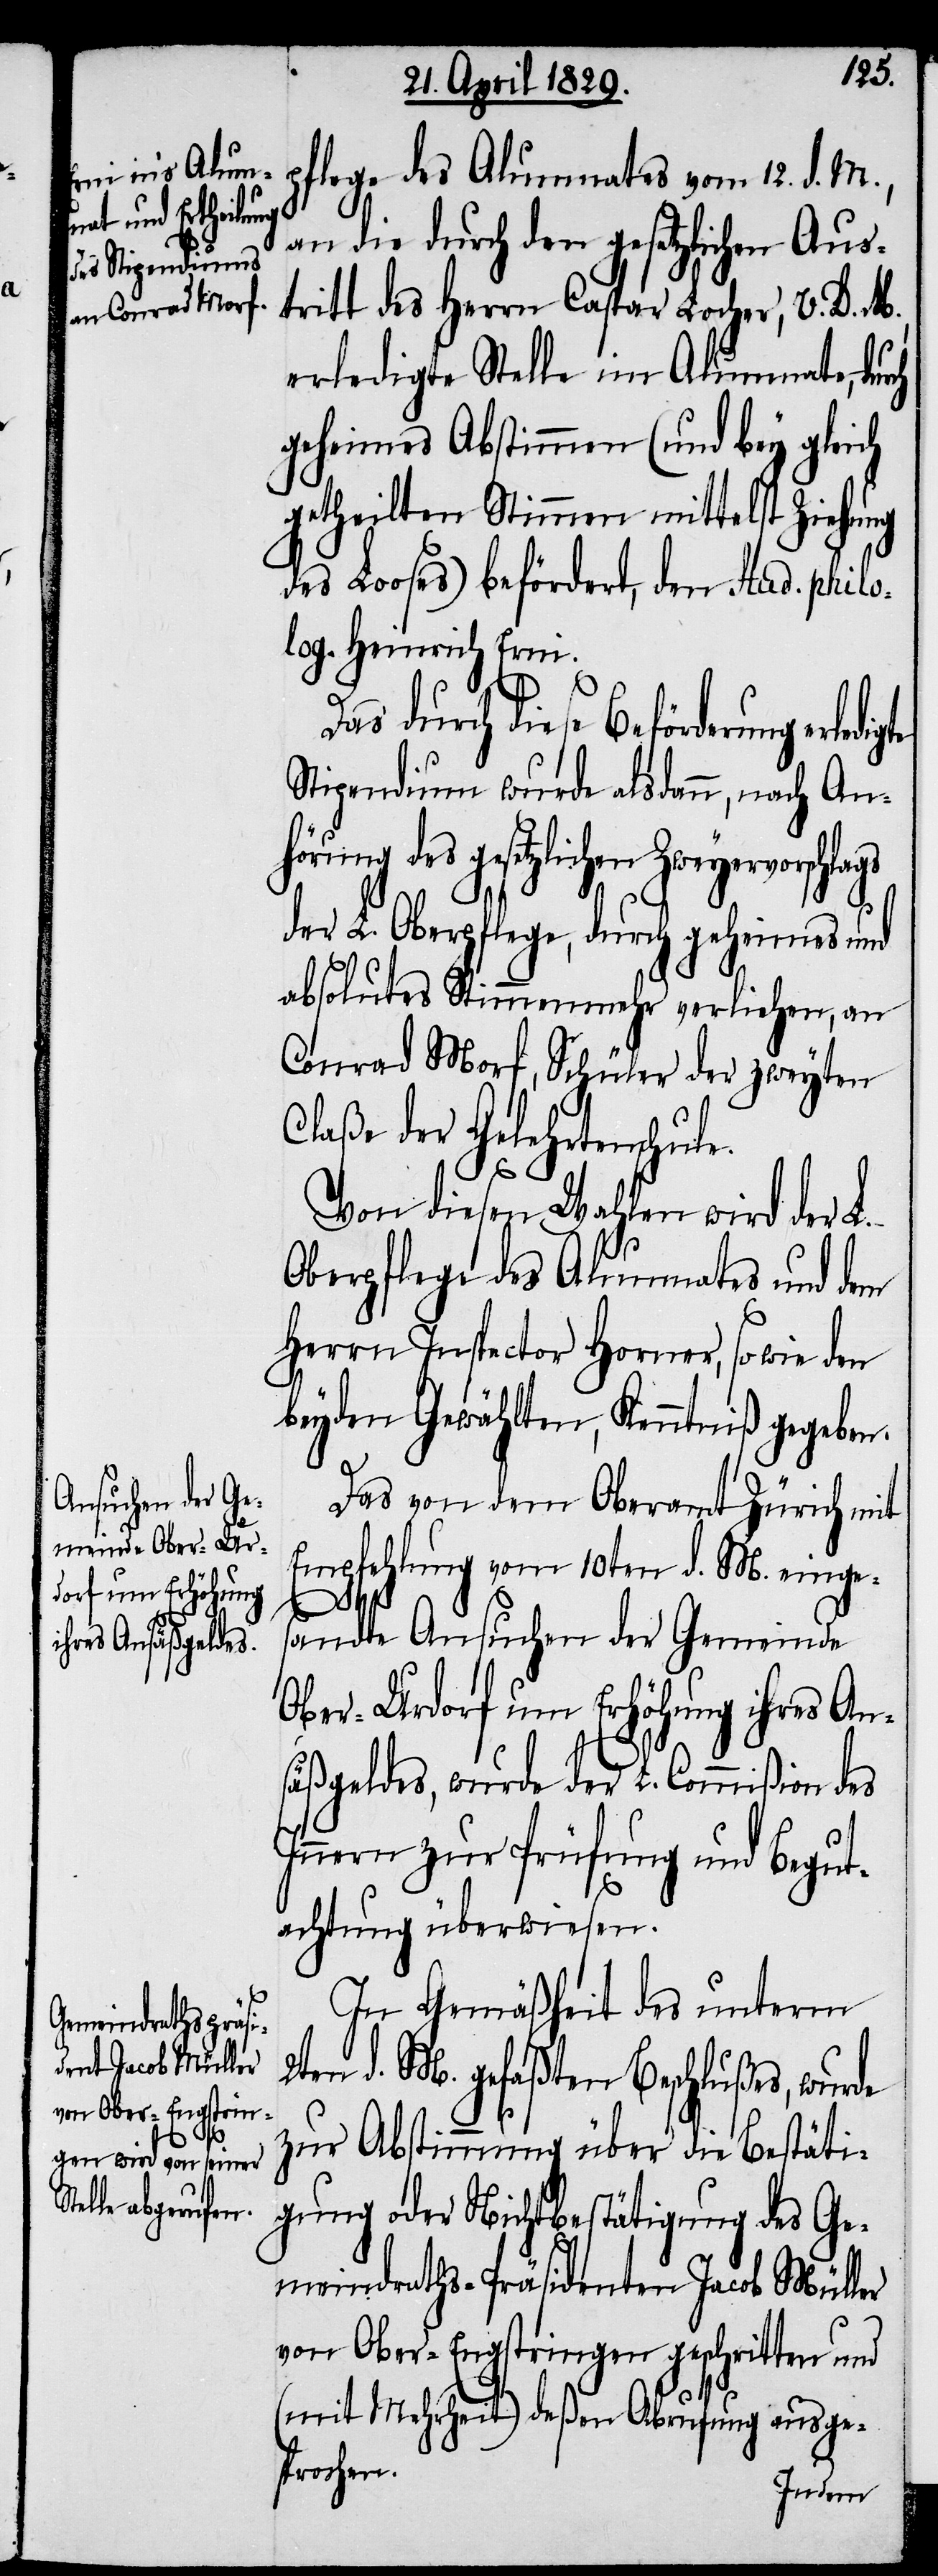
igte

pflege des Alumnates vom 12. d. M.,
an die durch den gesetzlichen Aus¬
tritt des Herrn Caspar Locher, V. D. M.,
erledigte Stelle im Alumnate,
geheimes Abstimmen (und bey gleich
getheilten Stimmen mittelst Ziehung
des Looses) befördert, den Stud. philo¬
log. Heinrich Erni.
Das durch diese Beförderung erled¬
Stipendium wurde alsdann, nach An¬
hörung des gesetzlichen Zweyervorschlags
der L. Oberpflege, durch geheimes und
absolutes Stimmenmehr verliehen, an
Conrad Morf, Schüler der zweyten
Claße der Gelehrtenschule.
Von diesen Wahlen wird der L.
Oberpflege des Alumnates und dem
Herrn Inspector Horner, so wie den
beyden Gewählten, Kenntniß gegeben.
Das von dem Oberamt Zürich mit
Empfehlung vom 10ten d. M. einge¬
sandte Ansuchen der Gemeinde
Ober-Urdorf um Erhöhung ihres An¬
säßgeldes, wurde der L. Commißion des
Innern zur Prüfung und Begut¬
achtung überwiesen.
In Gemäßheit des unterm
2ten d. M. gefaßten Beschlußes, wurde
zur Abstimmung über die Bestäti¬
gung oder Nichtbestätigung des Ge¬
meindraths-Präsidenten Jacob Müller
von Ober-Engstringen geschritten und
(mit Mehrheit) deßen Abrufung ausge¬
sprochen.